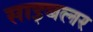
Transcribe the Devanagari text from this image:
साइबलर